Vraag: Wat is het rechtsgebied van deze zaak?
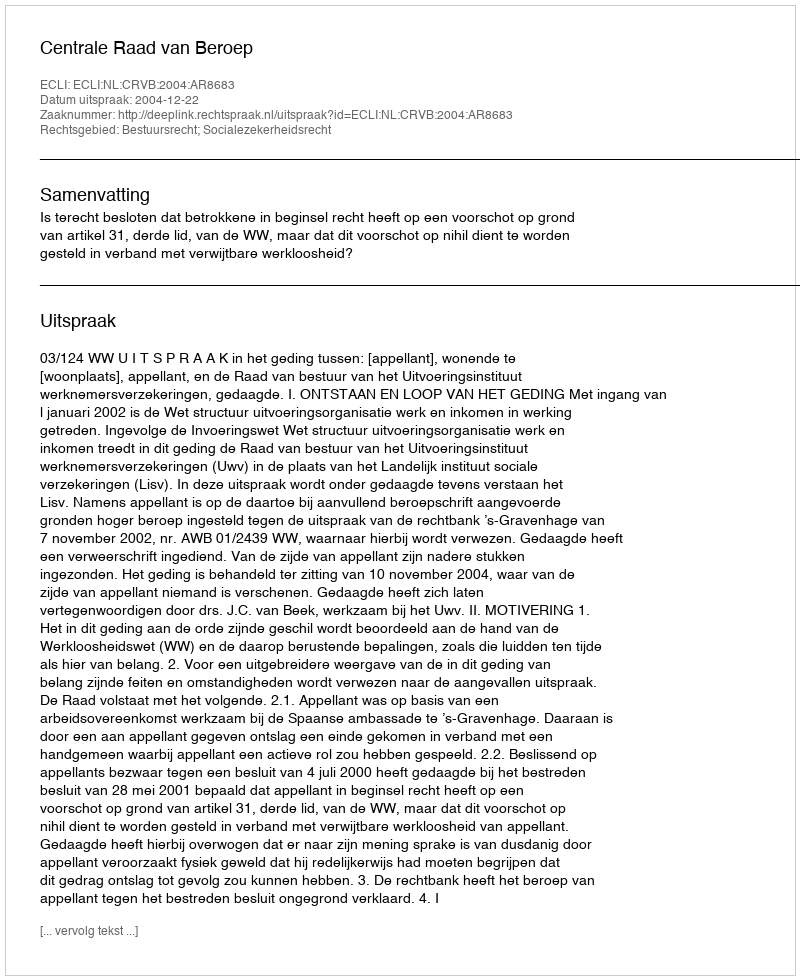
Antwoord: Bestuursrecht; Socialezekerheidsrecht